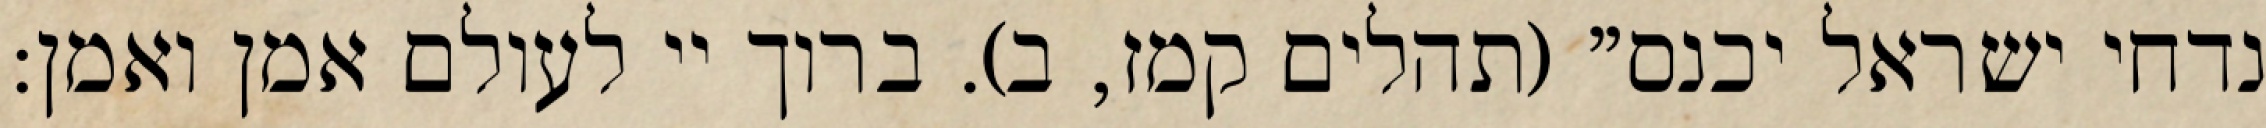
נדחי ישראל יכנס" (תהלים קמז, ב). ברוך יי לעולם אמן ואמן: